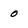
Character: 0